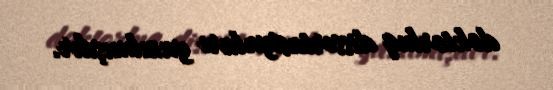
doktorluq dissertasiyaları yazılmışdır.